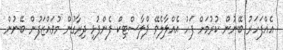
އެއްފަހަރު ބޭނުން ކުރުމަށް ފަހު އެއްލާލެވޭ ޕްލާސްޓިކް ފެންފުޅި ދިރާގުން މުވައްޒަފުން ބޭނުން